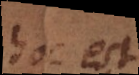
hoc est